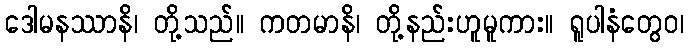
ဒေါမနဿာနိ၊ တို့သည်။ ကတမာနိ၊ တို့နည်းဟူမူကား။ ရူပါနံတွေဝ၊